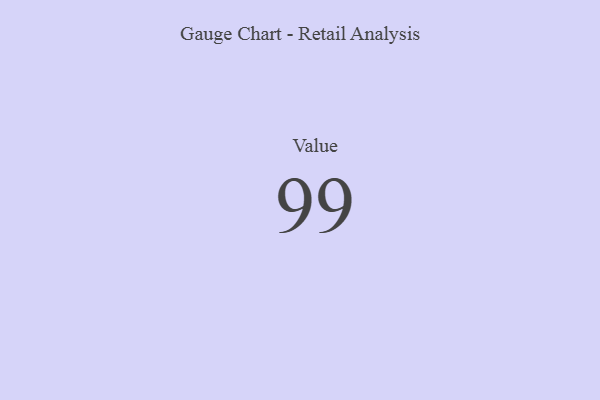
{"axis": {"x": "Metric", "y": "Value"}, "legend": [""], "data": [{"x": "Value", "y": 99, "type": ""}]}